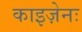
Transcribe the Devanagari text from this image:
काइज़ेनः